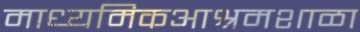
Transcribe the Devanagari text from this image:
माध्यमिकआश्रमशाळा